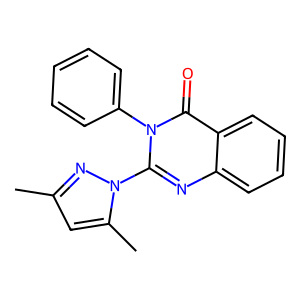
SMILES: Cc1cc(C)n(-c2nc3ccccc3c(=O)n2-c2ccccc2)n1
Inhibits HIV replication: No